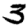
Digit: 3